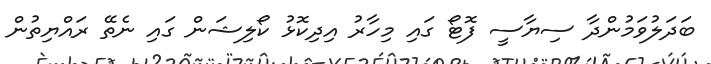
ބަދަލުވަމުންދާ ސިޔާސީ ފޮޓޯ ގައި މިހާރު އިދިިކޮޅު ކޯލިޝަން ގައި ނެތޭ ރައްޔިތުން